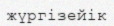
жүргізейік